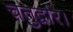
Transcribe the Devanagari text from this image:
चतुर्द्वार।